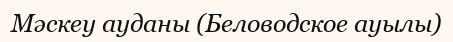
Мәскеу ауданы (Беловодское ауылы)